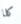
كلا